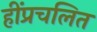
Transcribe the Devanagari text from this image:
हींप्रचलित